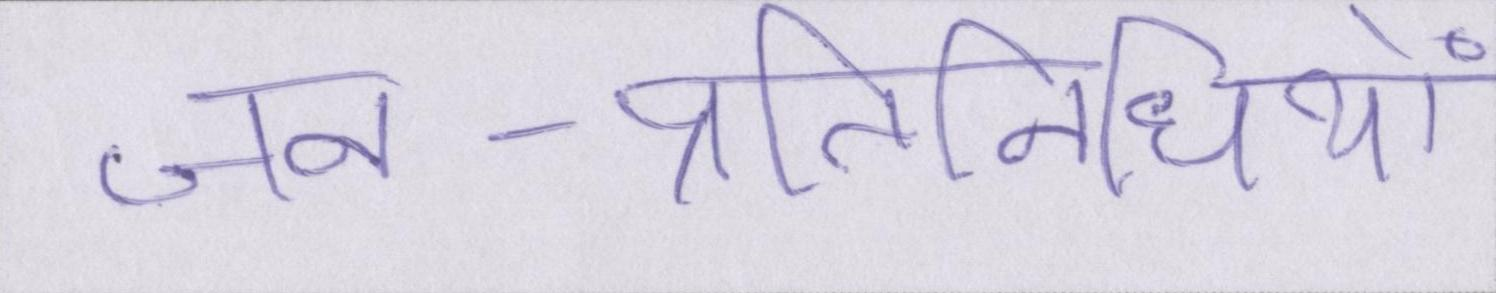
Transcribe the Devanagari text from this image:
जन-प्रतिनिधियों